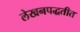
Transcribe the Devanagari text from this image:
लेखनपद्धतीत